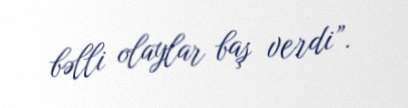
bəlli olaylar baş verdi”.